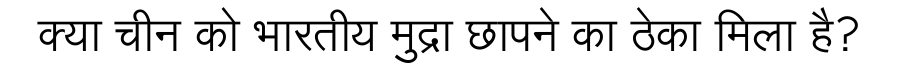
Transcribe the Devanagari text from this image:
क्या चीन को भारतीय मुद्रा छापने का ठेका मिला है?